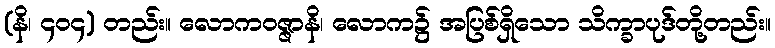
(နိ၊ ၄၀၄) တည်း။ လောကဝဇ္ဇာနိ၊ လောက၌ အပြစ်ရှိသော သိက္ခာပုဒ်တို့တည်း။